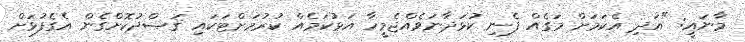
މާނައީ: "އަދި އެކަމަށް މަގެއް ފެނި ކުޅަދާނަވެއްޖެމީހާ އަޅުކަމެއް ކުރުމަށްޓަކައި ޤަޞްދުކޮށްގެން އެގެފުޅަށް